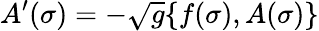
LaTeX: A^{\prime}(\sigma)=-\sqrt{g}\{ f(\sigma),A(\sigma)\}